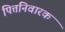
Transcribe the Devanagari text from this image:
पित्तनिवारक